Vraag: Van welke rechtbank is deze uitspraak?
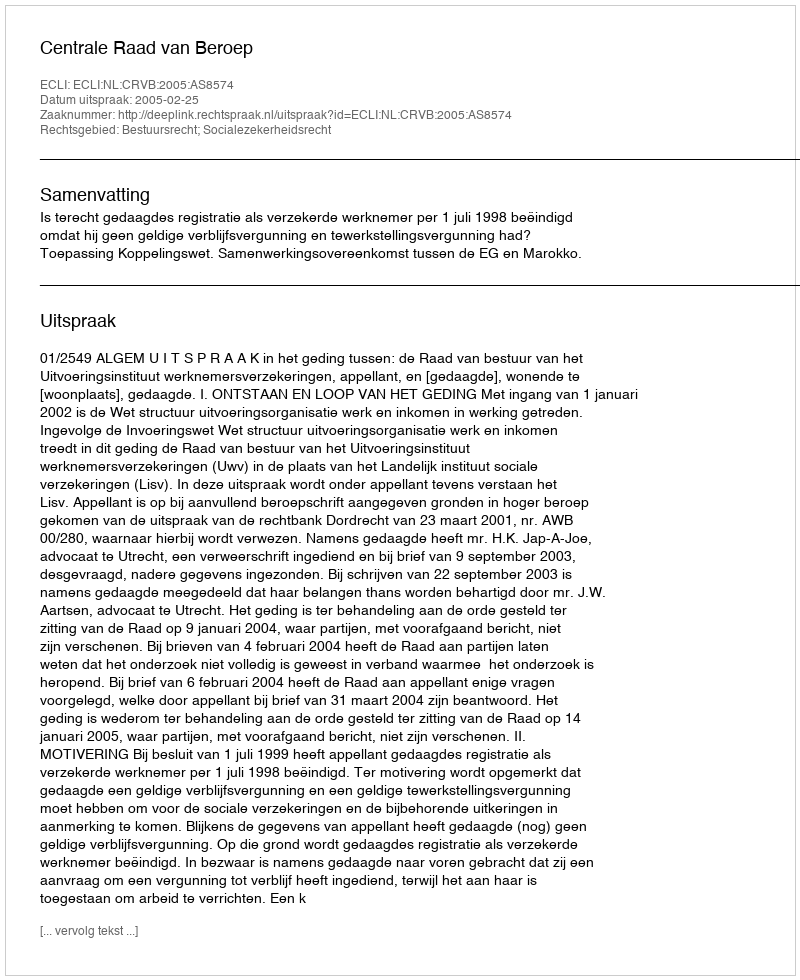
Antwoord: Centrale Raad van Beroep